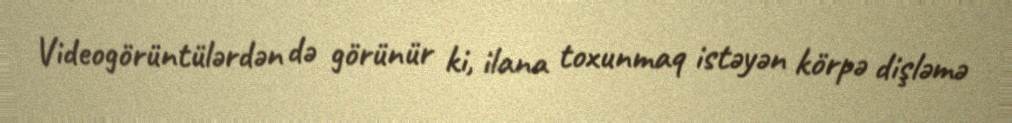
Videogörüntülərdən də görünür ki, ilana toxunmaq istəyən körpə dişləmə